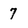
Character: 7